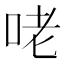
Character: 咾